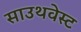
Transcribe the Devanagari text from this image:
साउथवेस्‍ट